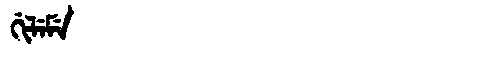
Manchu: ᡤᡳᠯᡝᠮᡝ
Romanization: GILEME